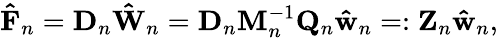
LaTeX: \mathbf{\hat{F}}_{n}=\mathbf{D}_{n}\mathbf{\hat{W}}_{n}=\mathbf{D}_{n}\mathbf{M}_{n}^{-1}\mathbf{Q}_{n}\mathbf{\hat{w}}_{n}=:\mathbf{Z}_{n}\mathbf{\hat{w}}_{n},